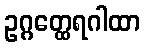
ဥဂ္ဂတ္ထေရဂါထာ